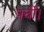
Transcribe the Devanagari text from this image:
पर्ची।